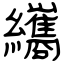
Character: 纗